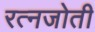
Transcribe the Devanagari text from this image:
रत्नजोती